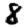
Digit: 8